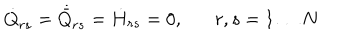
\dot { Q } _ { r s } = \dot { \bar { Q } } _ { r s } = \dot { H } _ { r s } = 0 , r , s = 1 \ldots N